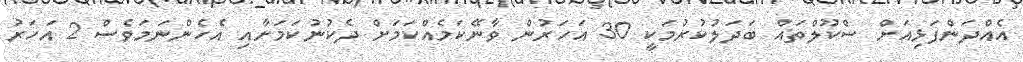
އެއްދަންފަޅިއަށް ސްކޫލްތައް ބަދަލުކުރުމަކީ 30 އަހަރުން ވާނޭކަމެއްކަމަށް ދެކުނުކަމަށާއި އެހެންނަމަވެސް 2 އަހަރު